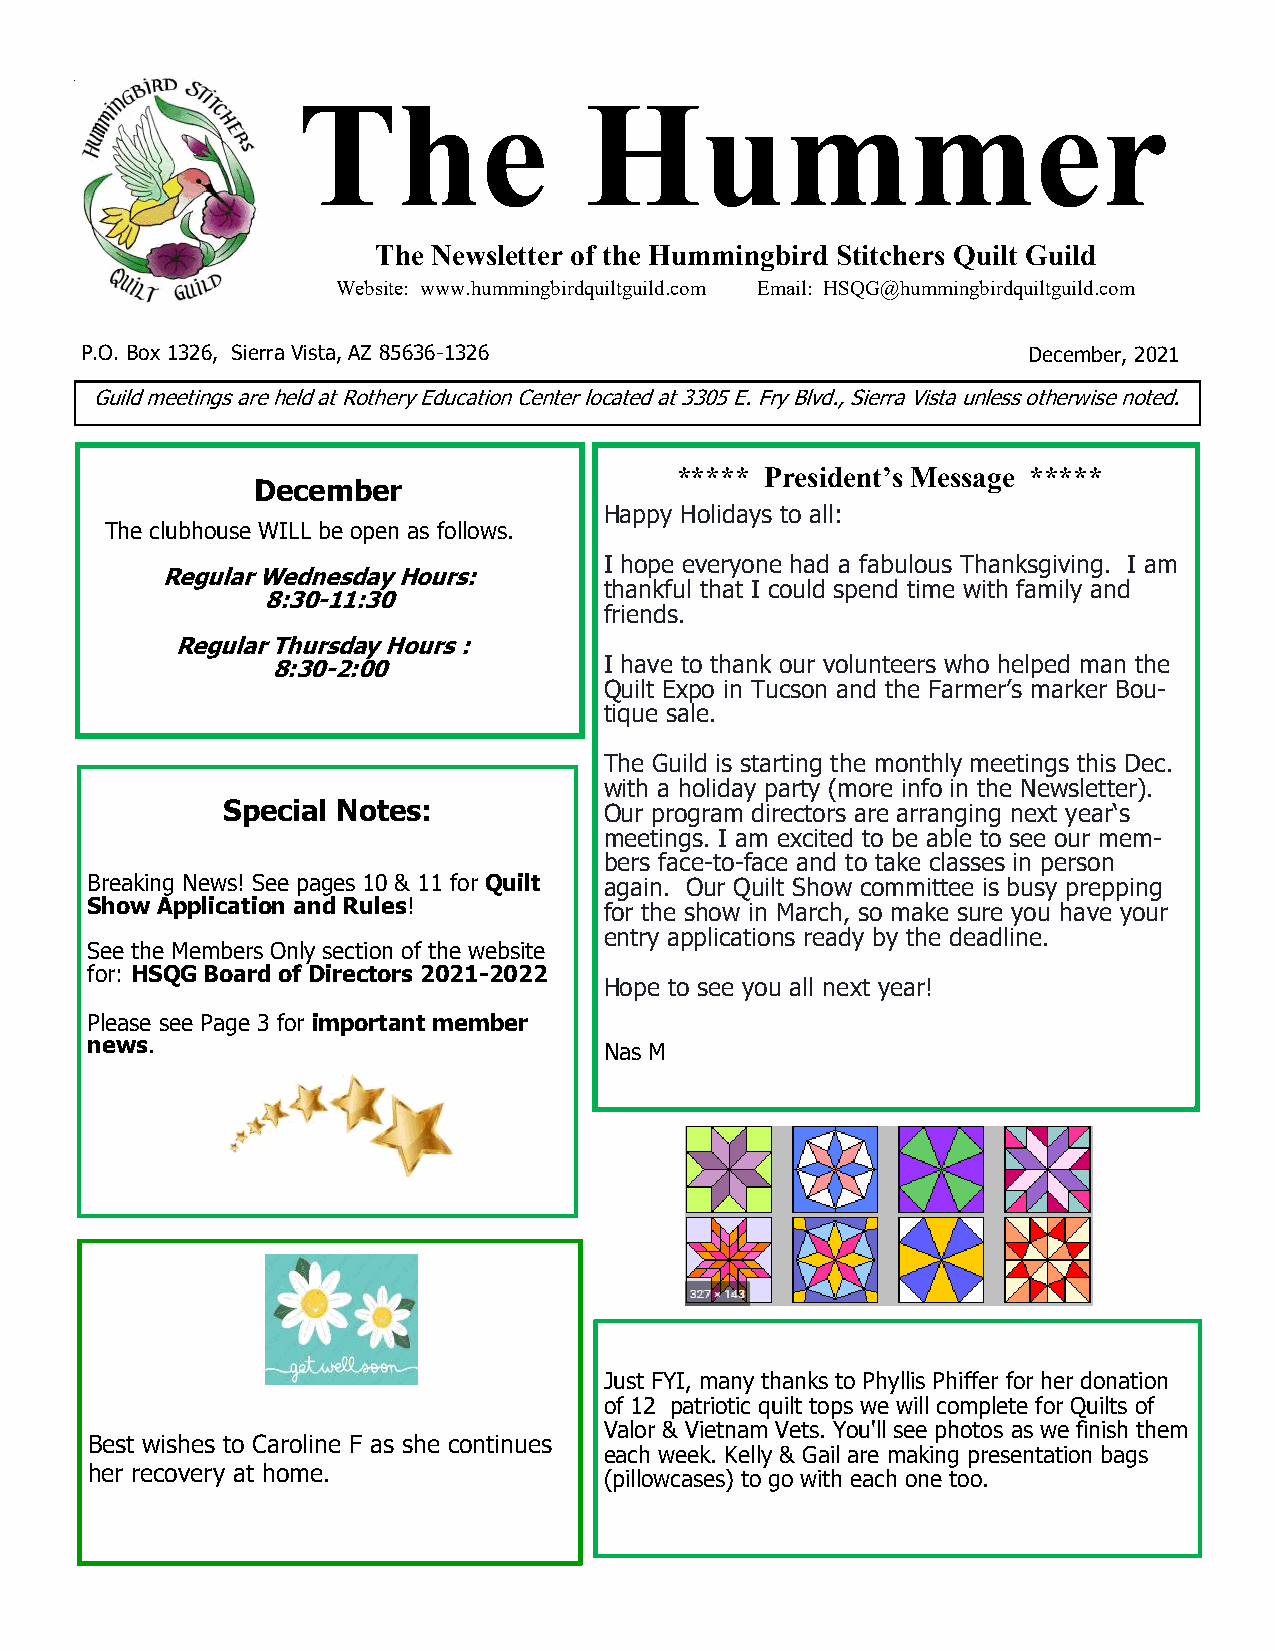
December, 2021 ThHumemingb    ird SHtitchers Quilt uGuild Newmsletter merPag e 1
 The Newsletter of the Hummingbird Stitchers Quilt Guild
 Website: www.hummingbirdquiltguild.com Email: HSQG@hummingbirdquiltguild.com
 P.O. Box 1326, Sierra Vista, AZ 85636-1326                     December, 2021
 Guild meetings are held at Rothery Education Center located at 3305 E. Fry Blvd., Sierra Vista unless otherwise noted.
 ***** President’s Message *****
 December
 Happy Holidays to all:
 The clubhouse WILL be open as follows.
 I hope everyone had a fabulous Thanksgiving. I am
 Regular Wednesday Hours:
 thankful that I could spend time with family and
 8:30-11:30
 friends.
 Regular Thursday Hours :
 8:30-2:00             I have to thank our volunteers who helped man the
 Quilt Expo in Tucson and the Farmer’s marker Bou-
 tique sale.
 The Guild is starting the monthly meetings this Dec.
 with a holiday party (more info in the Newsletter).
 Special Notes:           Our program directors are arranging next year‘s
 meetings. I am excited to be able to see our mem-
 bers face-to-face and to take classes in person
 Breaking News! See pages 10 & 11 for Quilt again. Our Quilt Show committee is busy prepping
 Show Application and Rules!       for the show in March, so make sure you have your
 entry applications ready by the deadline.
 See the Members Only section of the website
 for: HSQG Board of Directors 2021-2022
 Hope to see you all next year!
 Please see Page 3 for important member
 news.
 Nas M
 Just FYI, many thanks to Phyllis Phiffer for her donation
 of 12 patriotic quilt tops we will complete for Quilts of
 Valor & Vietnam Vets. You'll see photos as we finish them
 Best wishes to Caroline F as she continues
 each week. Kelly & Gail are making presentation bags
 her recovery at home.
 (pillowcases) to go with each one too.